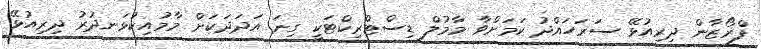
ފްރޯޒާން ދިރިއުޅޭ ސަރަހައްދު ކަމަށްވާ މާމުލް ޑިސްޓްރިކްޓަކީ ގިނަ އަދަދަކަށް މާމުއިކުޅަނދުރު ދިރިއުޅޭ